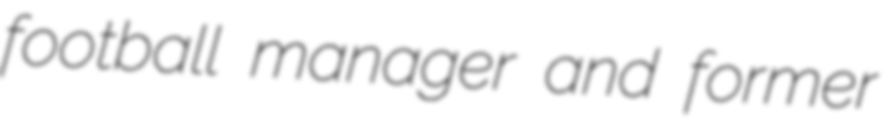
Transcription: football manager and former